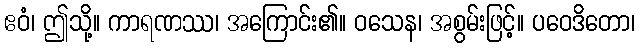
ဧဝံ၊ ဤသို့။ ကာရဏဿ၊ အကြောင်း၏။ ဝသေန၊ အစွမ်းဖြင့်။ ပဝေဒိတော၊